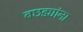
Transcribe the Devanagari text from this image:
बछड्यांना